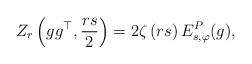
LaTeX: \begin{align*}Z_r\left(gg^\top ,\frac{rs}{2}\right)=2\zeta\left({rs}\right) E^P_{s,\varphi}(g),\end{align*}